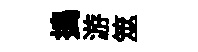
搗游筮